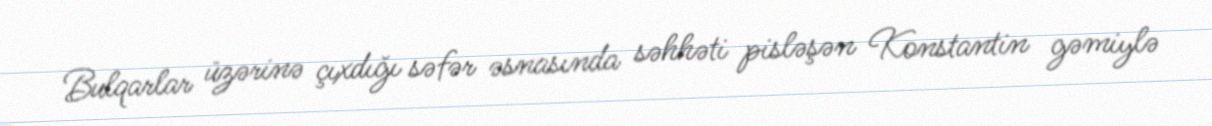
Bulqarlar üzərinə çıxdığı səfər əsnasında səhhəti pisləşən Konstantin gəmiylə